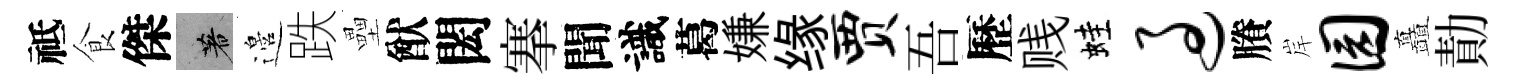
祗食傑著邉跌壘猷閎搴聞識葛嫌缘贾吾歷贱蛙过賸岸园矗勣